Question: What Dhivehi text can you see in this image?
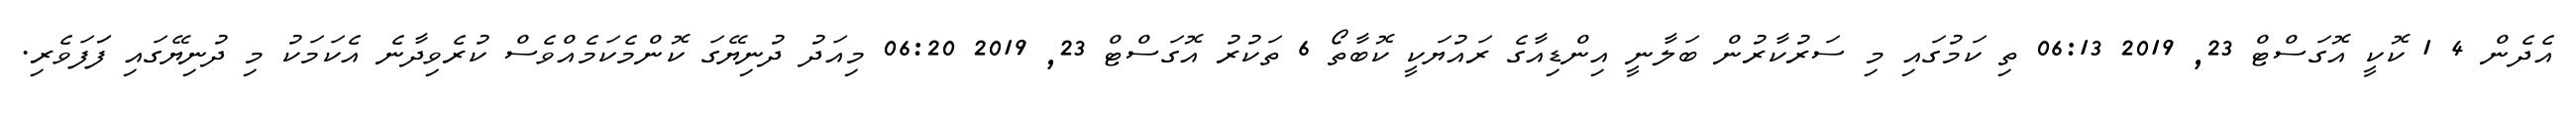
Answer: އެދެން 4 1 ކޮކީ އޮގަސްޓް 23, 2019 06:13 ތި ކަމުގައި މި ސަރުކާރުން ބަލާނީ އިންޑިއާގެ ރައުޔަކީ ކޮބާތޯ 6 ތަކުރު އޮގަސްޓް 23, 2019 06:20 މިއަދު ދުނިޔޭގަ ކޮންމެކަމެއްވެސް ކުރެވިދާނެ އެކަމަކު މި ދުނިޔޭގައި ފަަފަވެރި.